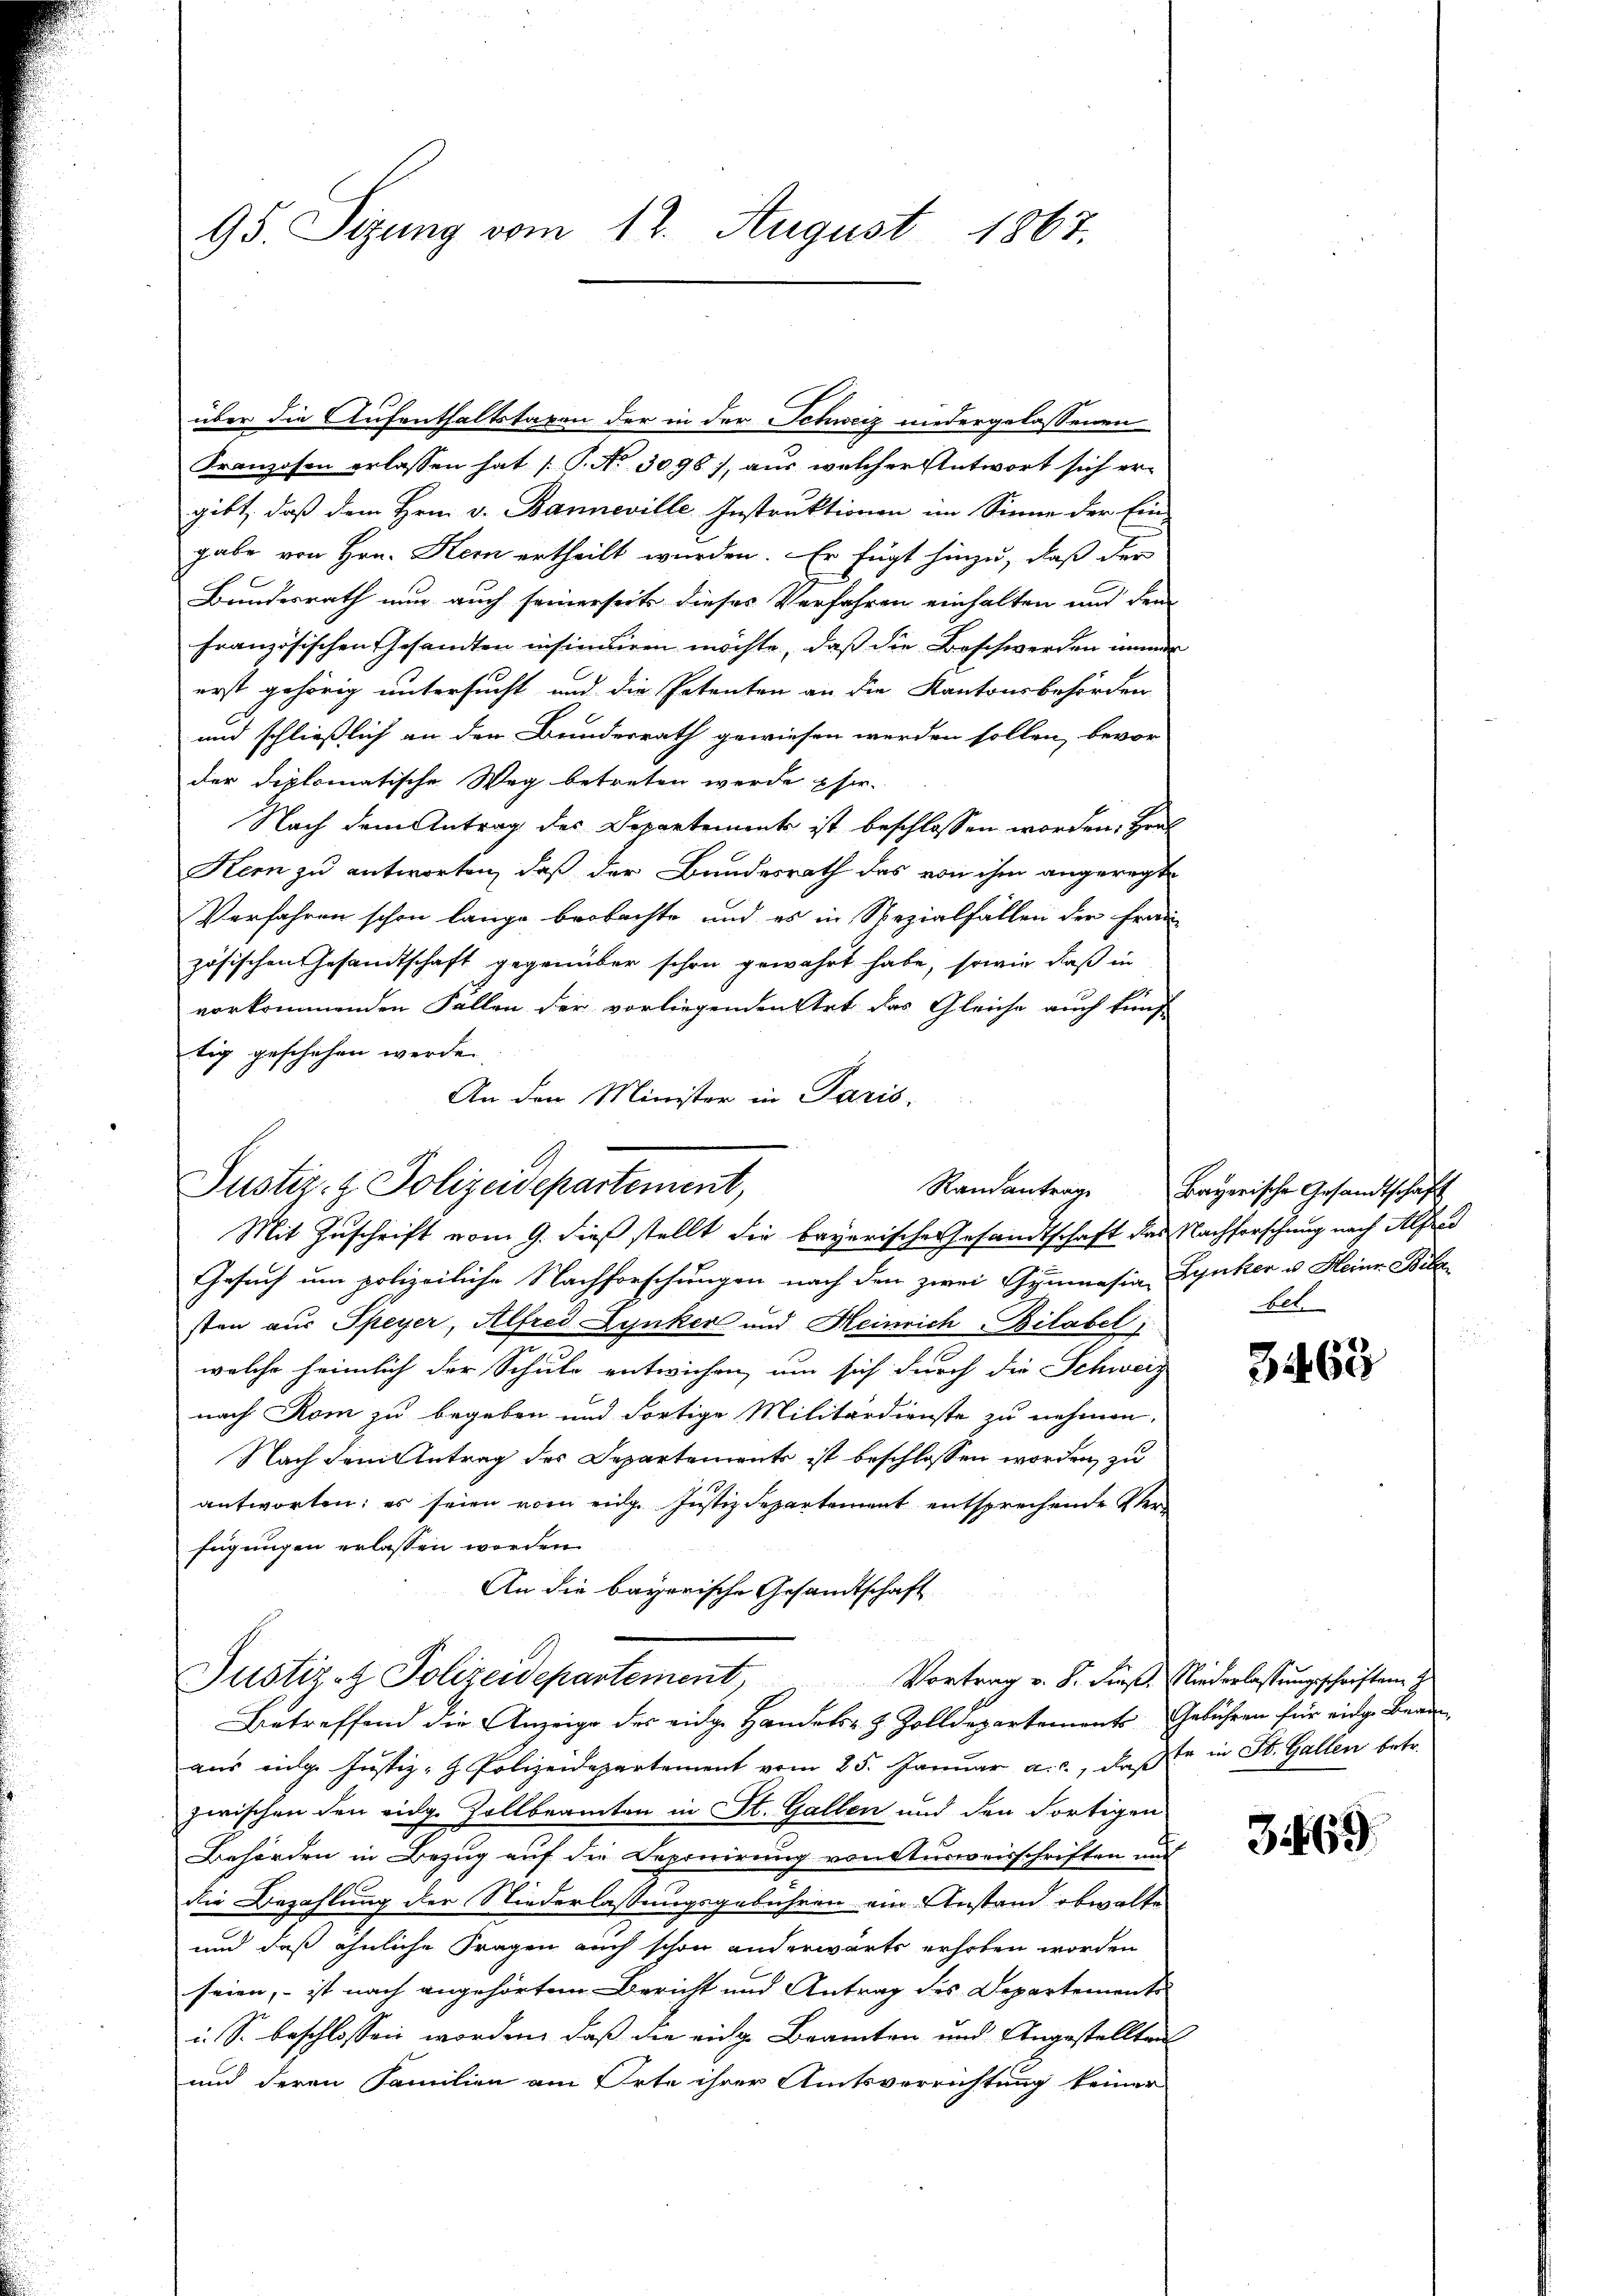
95. Sizung vom 12. August 1867.

über die Aufenthaltstaxen der in der Schweiz niedergelassenen
Franzosen erlassen hat [P. No 3096), aus welcher Antwort sich er-
gibt, daß dem Hrn. v. Banneville Instruktionen im Sinne der Ein-
gabe von Hrn. Hern ertheilt wurden. Er fügt hinzu, daß der
Bundesrath nun auch seinerseits dieses Verfahren einhalten und dem
französischen Gesandten insinuiren möchte, daß die Beschwerden immer
erst gehörig untersucht und die Petenten an die Kantonsbehörden
und schließlich an den Bunderrath gewiesen werden sollen, bevor
der Diplomatische Weg betreten werde phir.
Nach dem Antrag des Departement ist beschlossen worden, Her
Kern zu antworten, daß der Bundesrath das von ihm angeregt
Verfahren schon lange beobachte und es in Spezialfällen der Frau
zösischen Gesandtschaft gegenüber schon gewahrt habe, sowie daß in
vorkommenden Fallen der vorliegenden Art das Gleiche auch künf
tig geschehen werde.
An den Minister in Paris.
Mit Zuschrift vom 9. dieß stellt die bayerische Gesandtschaft das Nachforschung nach Alfred
Gesuch um polizeiliche Nachforschungen nach den zwei Gymnasia Zynker u. Heinr. Bila
sten aus Speyer, Alfred Lynker und Heinrich Bilabel,
welche heimlich der Schule entwichen, um sich durch die Schweiz
nach Rom zu begeben und dortige Militärdienste zu nehmen.
Nach dem Antrag des Departements ist beschlossen worden, zu
antworten; es seien vom eidg. Justizdepartement entsprechende Verfügungen erlassen worden.
An die bayerische Gesandtschaft
Justiz- & Polizeidepartement,
Vortrag v. S. Fieß. Niederlassungsschriften
Betreffend die Anzeige des eidge Handels- & Zolldepartements. Gebühren für einge Beri
aus eige Justiz- Polizeidepartement vom 25. Januar a.c., daß Er in St. Gallen betr.
zwischen den eidg. Zollbeamten in St. Gallen und den Fortigen
Behörden in Bezug auf die Deponirung von turweisschriften und
die Bezahlung der Niederlassungsgebühren ein Anstand obwalte
und daß ähnliche Fragen auch schon anderwärts erhoben worden
seien, – ist nach angehörten Bericht und Antrag des Departements
i. So beschlossen worden, daß die einge Beamten und Angestellten
und deren Familien am Orte ihrer Amtsverrichtung keiner

Justiz- & Polizeidepartement,
Randantrage

Bayerische Gesandtschaft
bet.

3469

3469